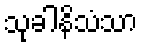
သုခါနိသံသာ